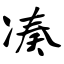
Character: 凑